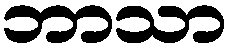
ဘာသာ